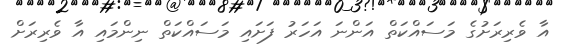
އާ ވެރިރަށުގެ މަސައްކަތް އަންނަ އަހަރު ފަށައި މަސައްކަތް ނިންމައި އާ ވެރިރަށް